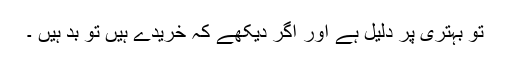
تو بہتری پر دلیل ہے اور اگر دیکھے کہ خریدے ہیں تو بد ہیں ۔